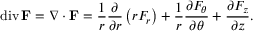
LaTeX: \operatorname { d i v } \mathbf { F } = \nabla \cdot \mathbf { F } = { \frac { 1 } { r } } { \frac { \partial } { \partial r } } \left( r F _ { r } \right) + { \frac { 1 } { r } } { \frac { \partial F _ { \theta } } { \partial \theta } } + { \frac { \partial F _ { z } } { \partial z } } .